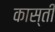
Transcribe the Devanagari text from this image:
कास्ती